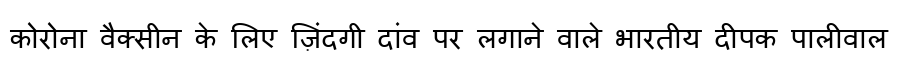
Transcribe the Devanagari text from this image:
कोरोना वैक्सीन के लिए ज़िंदगी दांव पर लगाने वाले भारतीय दीपक पालीवाल